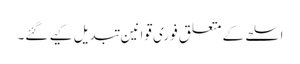
اسلحے کے متعلق فوری قوانین تبدیل کیے گئے۔